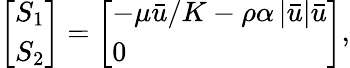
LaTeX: \left[\begin{array}{l}{S_{1}}\\ {S_{2}}\end{array}\right]=\left[\begin{array}{l}{-\mu\bar{u}/K-\rho\alpha\left|\bar{u}\right|\bar{u}}\\ {0}\end{array}\right],